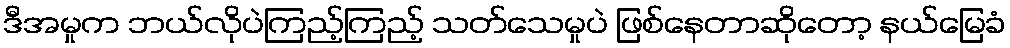
ဒီအမှုက ဘယ်လိုပဲကြည့်ကြည့် သတ်သေမှုပဲ ဖြစ်နေတာဆိုတော့ နယ်မြေခံ